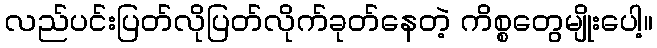
လည်ပင်းပြတ်လိုပြတ်လိုက်ခုတ်နေတဲ့ ကိစ္စတွေမျိုးပေါ့။